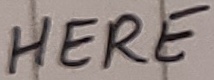
Text: HERE